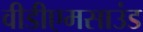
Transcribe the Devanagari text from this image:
वीडीएमसाउंड